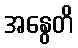
အနွေတိ